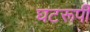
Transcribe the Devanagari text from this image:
घटरूपी